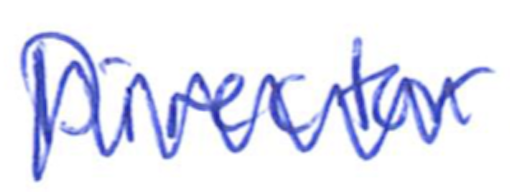
Text: Director
Cross-out: zig-zag
Writing tool: ballpoint